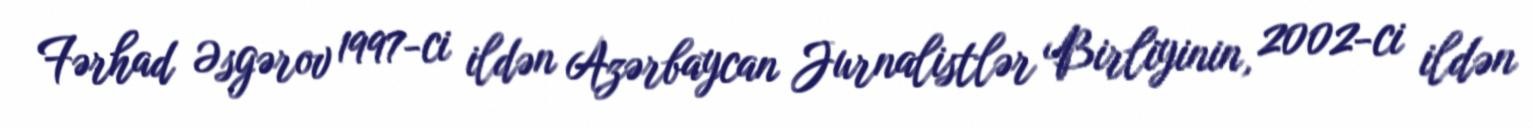
Fərhad Əsgərov 1997-ci ildən Azərbaycan Jurnalistlər Birliyinin, 2002-ci ildən